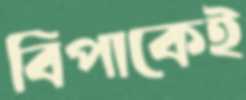
বিপাকেই